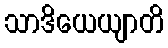
သာဒိယေယျာတိ